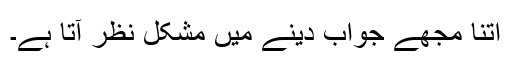
اتنا مجھے جواب دینے میں مشکل نظر آتا ہے۔